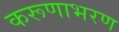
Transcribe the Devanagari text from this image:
करूणाभरण